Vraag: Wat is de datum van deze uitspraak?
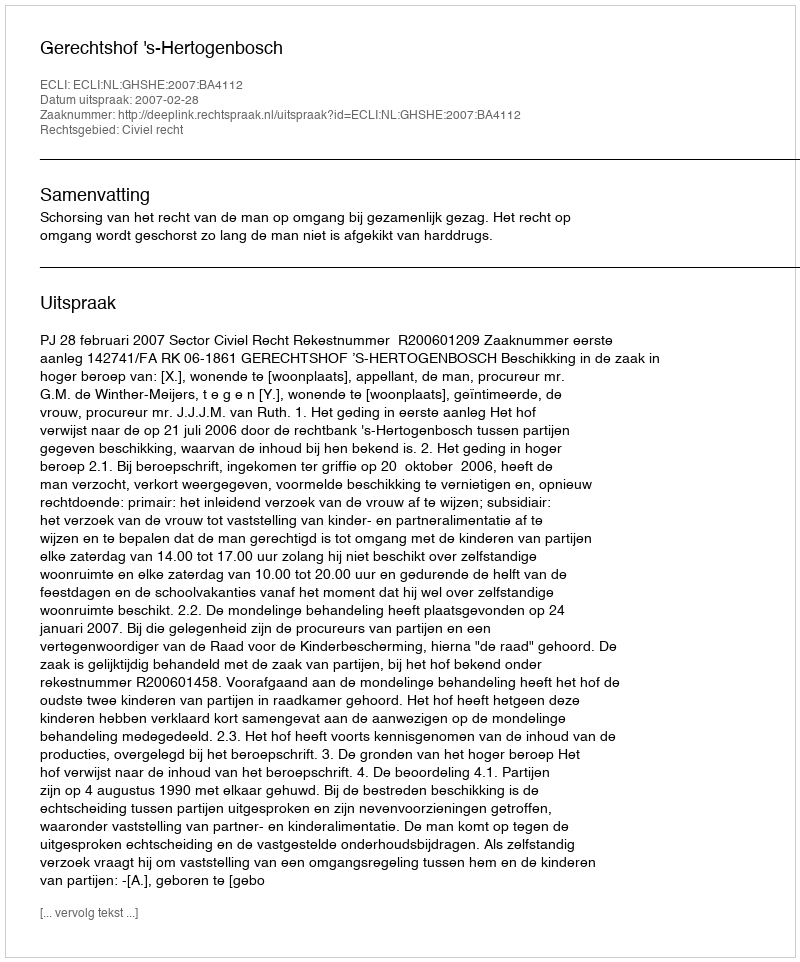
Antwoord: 2007-02-28